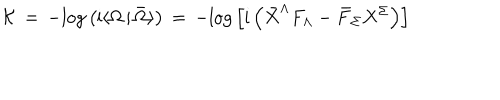
LaTeX: { \cal K } \, = \, - \mathrm { l o g } \left( \mathrm { i } \langle \Omega \, \vert \, \bar { \Omega } \rangle \right) \, = \, - \mathrm { l o g } \left[ \mathrm { i } \left( { \bar { X } } ^ { \Lambda } F _ { \Lambda } - { \bar { F } } _ { \Sigma } X ^ { \Sigma } \right) \right]